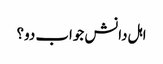
اہل دانش جواب دو؟